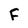
Character: F